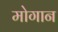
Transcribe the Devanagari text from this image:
मोगान